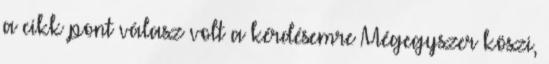
a cikk pont válasz volt a kérdésemre Mégegyszer köszi,